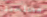
مصلحتنا